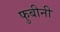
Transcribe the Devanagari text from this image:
फुबीनी